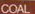
COAL